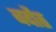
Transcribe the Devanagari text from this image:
बदौठ